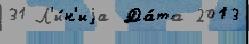
31 Л'и́н'иjа Да́та 2013